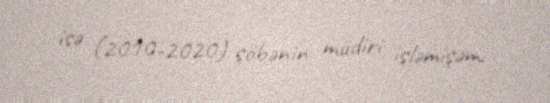
isə (2010-2020) şöbənin müdiri işləmişəm.